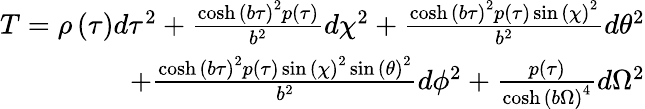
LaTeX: \begin{array}{r}{T=\rho\left({\tau}\right)d\tau^{2}+\frac{\cosh\left(b{\tau}\right)^{2}p\left({\tau}\right)}{b^{2}}d\chi^{2}+\frac{\cosh\left(b{\tau}\right)^{2}p\left({\tau}\right)\sin\left({\chi}\right)^{2}}{b^{2}}d\theta^{2}}\\ {+\frac{\cosh\left(b{\tau}\right)^{2}p\left({\tau}\right)\sin\left({\chi}\right)^{2}\sin\left({\theta}\right)^{2}}{b^{2}}d\phi^{2}+\frac{p\left({\tau}\right)}{\cosh\left(b{\Omega}\right)^{4}}d\Omega^{2}}\end{array}